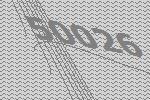
50026